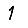
Digit: 1